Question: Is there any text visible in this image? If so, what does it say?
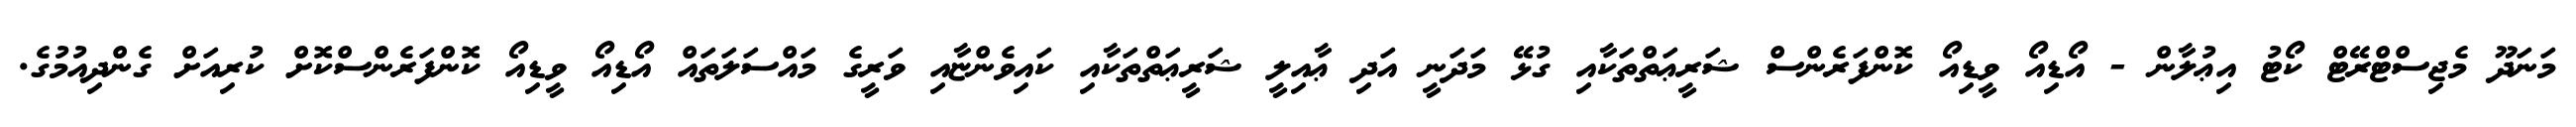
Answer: މަނަދޫ މެޖިސްޓްރޭޓް ކޯޓު އިޢުލާން - އޯޑިއޯ ވީޑިއޯ ކޮންފަރެންސް ޝަރީޢަތްތަކާއި ގުޅޭ މަދަނީ އަދި ޢާއިލީ ޝަރީޢަތްތަކާއި ކައިވެންޏާއި ވަރީގެ މައްސަލަތައް އޯޑިއޯ ވީޑިއޯ ކޮންފަރެންސްކޮށް ކުރިއަށް ގެންދިއުމުގެ.